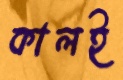
কালই